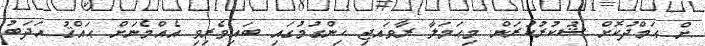
ށް ޙަމްދުކޮށް ޝުކުރުކުރަން. މިޙަމަލާ ރާވައޖި ހިންގުމުގައި ބައިވެރިވި އެއްމެނަށް ޙައްޤު އަދަބު